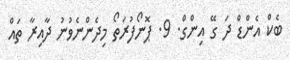
ބެކް އެންޑް ދަ ގޭ އިންގް. 9. ޕޮނޯފުރަތޯ މިދެންނެވުނު ދާއިރާ ތައް